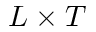
L \times T